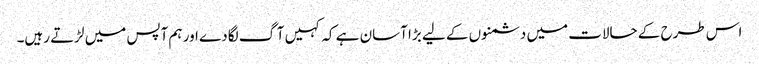
اس طرح کے حالات میں دشمنوں کے لیے بڑا آسان ہے کہ کہیں آگ لگادے اور ہم آپس میں لڑتے رہیں۔